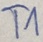
Text: T1